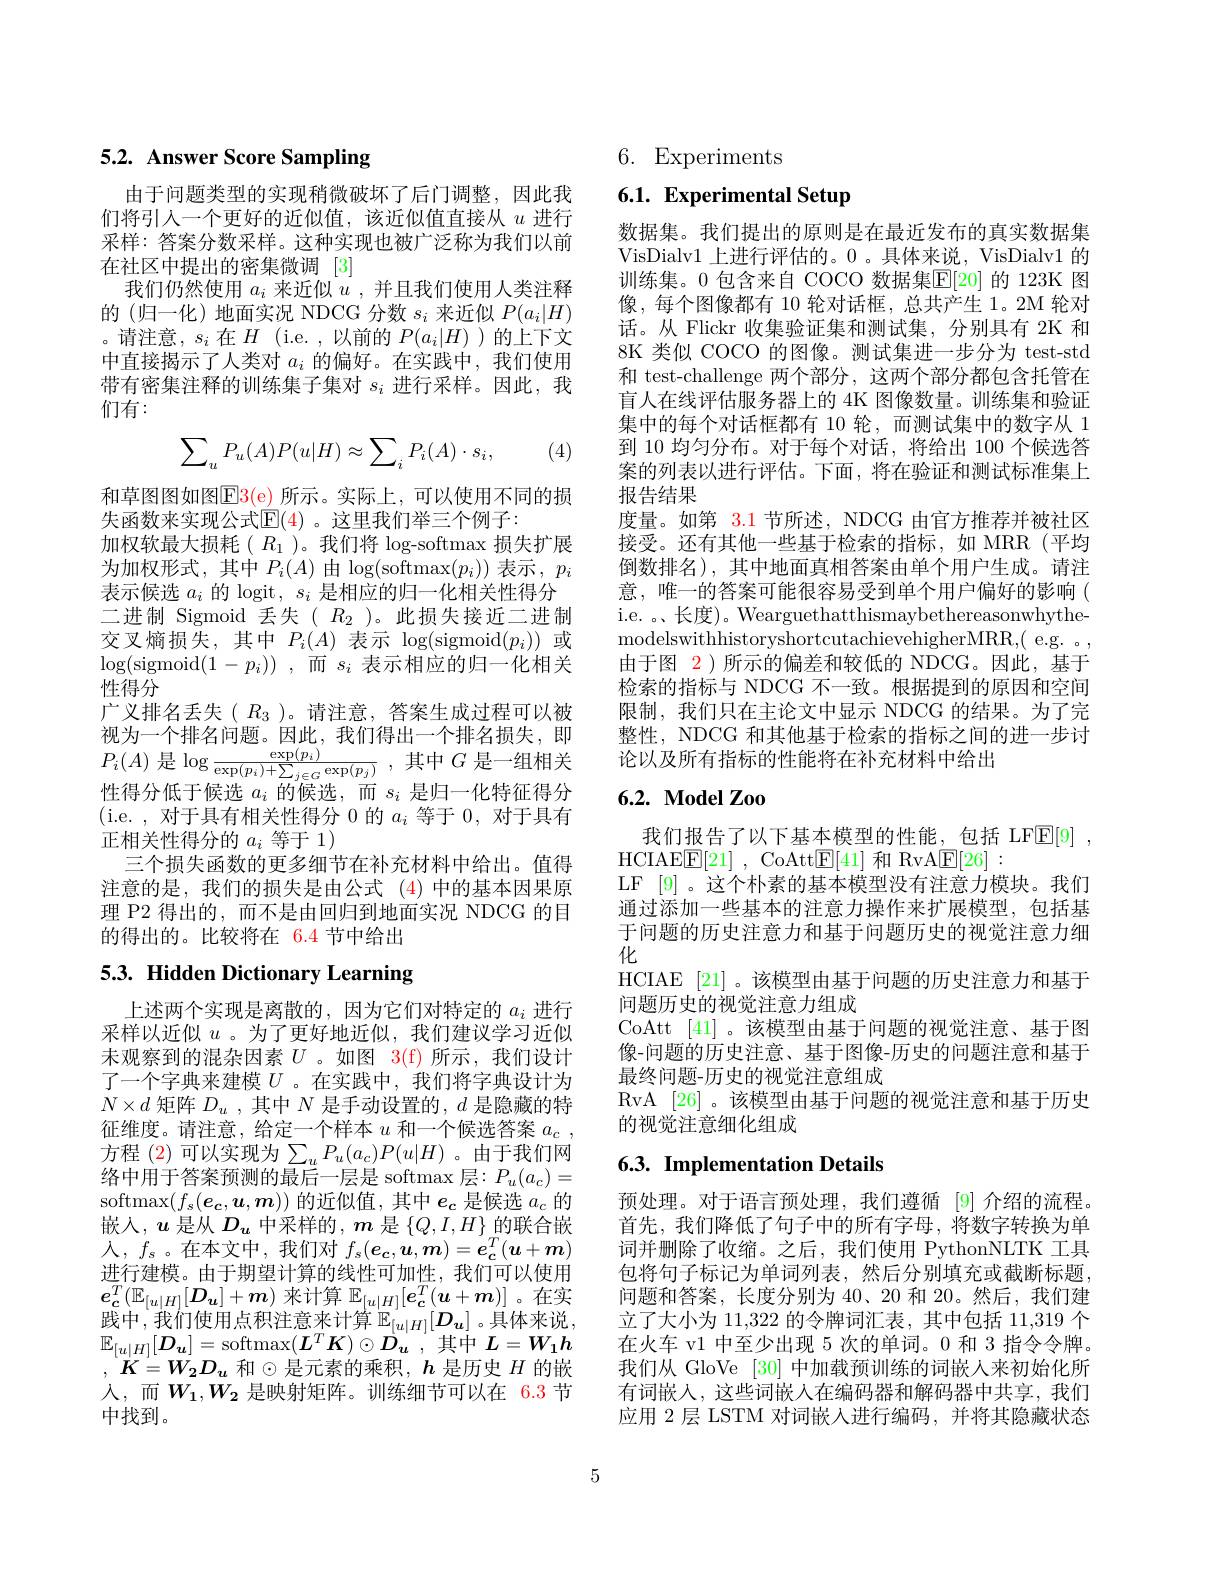
# 5.2. Answer Score Sampling

由于问题类型的实现稍微破坏了后门调整，因此我们将引入一个更好的近似值，该近似值直接从$u$进行采样：答案分数采样。这种实现也被广泛称为我们以前在社区中提出的密集微调[3]
我们仍然使用$a_i$来近似$u$ ,并且我们使用人类注释的(归一化)地面实况 NDCG 分数$s_i$来近似$P(a_i|H)$ 。请注意，$s_i$ 在$H$ (i.e.,以前的 $P(a_i|H)$ )的上下文中直接揭示了人类对$a_i$的偏好。在实践中，我们使用带有密集注释的训练集子集对$s_i$进行采样。因此，我们有：

(4)
$$\sum_uP_u(A)P(u|H)\approx\sum_iP_i(A)\cdot s_i,$$
和草图图如图$\operatorname{E3(e)}$ 所示。实际上，可以使用不同的损
失函数来实现公式$\mathbb{E}(4)$ 。这里我们举三个例子：
加权软最大损耗( $R_1$ )。我们将 log-softmax 损失扩展为加权形式，其中$P_i(A)$由$\log($softmax$(p_i))$ 表示$,p_i$ 表示候选$a_i$的 logit, $s_i$是相应的归一化相关性得分二进制 Sigmoid 丢失( $R_2$ )。此损失接近二进制交叉熵损失，其中$P_i(A)$表示$\log ($sigmoid$( p_i) )$或$\log($sigmoid$( 1- p_i) )$ ,而$s_i$ 表示相应的归一化相关性得分
广义排名丢失( $R_3$ )。请注意，答案生成过程可以被视为一个排名问题。因此，我们得出一个排名损失，即$P_{i}(A)$ 是$\log\frac\exp(p_{i}){\exp(p_{i})+\sum_{j\in G}\exp(p_{j})}$,其中$G$ 是一组相关忡徂人低工碚泩$a$的候泩-目口。化陆征很八性得分低于候选$a_i$的候选，而$s_i$是归一化特征得分(i.e.,对于具有相关性得分 0 的$a_i$等于0，对于具有正相关性得分的$a_i$等于 1)
三个损失函数的更多细节在补充材料中给出。值得注意的是，我们的损失是由公式 (4)中的基本因果原理 P2 得出的，而不是由回归到地面实况 NDCG 的目的得出的。比较将在 6.4 节中给出

# 5.3. Hidden Dictionary Learning

上述两个实现是离散的，因为它们对特定的$a_i$进行采样以近似$u$ 。为了更好地近似，我们建议学习近似未观察到的混杂因素$U$ 。如图 3(f)所示，我们设计了一个字典来建模$U$ 。在实践中，我们将字典设计为$N\times d$矩阵$D_u$,其中$N$是手动设置的$,d$是隐藏的特征维度。请注意，给定一个样本$u$和一个候选答案$a_c$, 方程 (2)可以实现为$\sum_uP_u(a_c)P(u|H)$。由于我们网络中用于答案预测的最后一层是 softmax 层：$P_u(a_c)=$ softmax$(f_s(\boldsymbol{e}_c,\boldsymbol{u},\boldsymbol{m}))$的近似值，其中$e_c$是候选$a_c$的嵌入，$u$是从$D_u$中采样的$,\boldsymbol{m}$是$\{Q,I,H\}$的联合嵌${\text{人，}f_s}$。在本文中，我们对$f_s(\boldsymbol{e}_c,\boldsymbol{u},\boldsymbol{m})=\boldsymbol{e}_c^T(\boldsymbol{u}+\boldsymbol{m})$ 进行建模。由于期望计算的线性可加性，我们可以使用$e_{\boldsymbol{c}}^T(\mathbb{E}_{[u|H]}[D_{\boldsymbol{u}}]+\boldsymbol{m})$来计算$\mathbb{E}_[u|H][e_{\boldsymbol{c}}^T(\boldsymbol{u}+\boldsymbol{m})]$ 。在实践 中 , 我 们 使 用 点 积 注 意 来 计 算 $\mathbb{E} _{[ u| H] }[ \boldsymbol{D}_{\boldsymbol{u}}]$。具体来说， $\mathbb{E}_{[u|H]}[\boldsymbol{D}_u]=$softmax$(\boldsymbol L^T\boldsymbol{K})\odot\boldsymbol{D}_u$ ,其中$L=W_1\boldsymbol{h}$ , $K= W_{2}D_{u}$ 和$\odot$是元素的乘积$,\boldsymbol h$ 是历史 $H$ 的嵌入，而$W_1,W_2$ 是映射矩阵。训练细节可以在 6.3 节中找到。

6. Experiments

# 6.1. Experimental Setup

数据集。我们提出的原则是在最近发布的真实数据集VisDialv1 上进行评估的。0 。具体来说，VisDialv1 的训练集。0 包含来自 COCO 数据集$\mathbb{E}[20]$ 的 123K 图像，每个图像都有 10 轮对话框，总共产生 1。2M 轮对话。从 Flickr 收集验证集和测试集，分别具有 2K 和8K 类似 COCO 的图像。测试集进一步分为 test-std 和 test-challenge 两个部分，这两个部分都包含托管在盲人在线评估服务器上的 4K 图像数量。训练集和验证集中的每个对话框都有 10 轮，而测试集中的数字从 1到 10 均匀分布。对于每个对话，将给出 100 个候选答案的列表以进行评估。下面，将在验证和测试标准集上报告结果
度量。如第 3.1 节所述，NDCG 由官方推荐并被社区接受。还有其他一些基于检索的指标，如 MRR(平均倒数排名),其中地面真相答案由单个用户生成。请注意，唯一的答案可能很容易受到单个用户偏好的影响( i.e. 。、长度)。WearguethatthismaybethereasonwhythemodelswithhistoryshortcutachievehigherMRR, ( e. g. . , 由于图$\color{red}{2}$)所示的偏差和较低的 NDCG。因此，基于检索的指标与 NDCG 不一致。根据提到的原因和空间限制，我们只在主论文中显示 NDCG 的结果。为了完整性，NDCG 和其他基于检索的指标之间的进一步讨论以及所有指标的性能将在补充材料中给出

## $6. 2. \textbf{ Model Zoo}$

我们报告了以下基本模型的性能，包括 LF$\boxed{\mathrm{E} }[ 9]$ ,
HCIAE$\mathbb{E}[21]$ , CoAtt$\mathbb{E}[41]$和 RvA$\mathbb{E}[26]:$
LF [9] 。这个朴素的基本模型没有注意力模块。我们通过添加一些基本的注意力操作来扩展模型，包括基于问题的历史注意力和基于问题历史的视觉注意力细化
HCIAE [21] 。该模型由基于问题的历史注意力和基于
问题历史的视觉注意力组成
CoAtt [41] 。该模型由基于问题的视觉注意、基于图像-问题的历史注意、基于图像-历史的问题注意和基于最终问题-历史的视觉注意组成
RvA [26] 。该模型由基于问题的视觉注意和基于历史
的视觉注意细化组成

## 6.3. Implementation Details

预处理。对于语言预处理，我们遵循 [9] 介绍的流程。首先，我们降低了句子中的所有字母，将数字转换为单词并删除了收缩。之后，我们使用 PythonNLTK 工具包将句子标记为单词列表，然后分别填充或截断标题， 问题和答案，长度分别为 40、20 和 20。然后，我们建立了大小为 11,322 的令牌词汇表，其中包括 11,319 个在火车 v1 中至少出现 5 次的单词。0 和 3 指令令牌。我们从 GloVe [30] 中加载预训练的词嵌人来初始化所有词嵌入，这些词嵌入在编码器和解码器中共享，我们应用 2 层 LSTM 对词嵌人进行编码，并将其隐藏状态

5